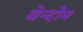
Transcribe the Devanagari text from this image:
वेन्दोम